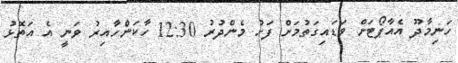
ހަނިމާދޫ އެއާޕޯޓަށް ވަޑައިގަތުމަށް ފަހު މެންދުރު 12:30 ހާކަންހާއިރު ވަނީ އެ އަތޮޅު